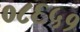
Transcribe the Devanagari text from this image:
०८६५१